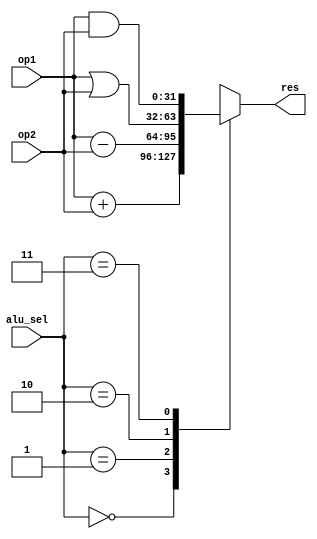
`timescale 1ns / 1ps
//////////////////////////////////////////////////////////////////////////////////
// Company: 
// Engineer: 
// 
// Design Name: 
// Module Name:    alu 
// Project Name: 
// Target Devices: 
// Tool versions: 
// Description: 
//
// Dependencies: 
//
// Revision: 
// Revision 0.01 - File Created
// Additional Comments: 
//
//////////////////////////////////////////////////////////////////////////////////
module alu(
    input [31:0] op1,
    input [31:0] op2,
    output [31:0] res,
    input [1:0] alu_sel
    );
	 reg [31:0] res_reg;
	 always @*
	 begin
	 case (alu_sel)
	 2'b00:
 	 res_reg=op1+op2;
	 2'b01:
	 begin
	 res_reg=op1-op2;
	 end
	 2'b10:
	 res_reg=op1|op2;
	 2'b11:
	 res_reg=op1&op2;
	 endcase
	 end
	 assign #200 res= res_reg;
	 endmodule